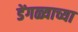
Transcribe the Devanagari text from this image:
डेंगळ्याच्या